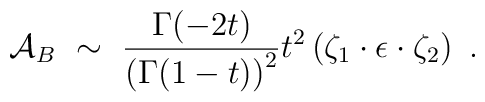
{\cal A}_B~\sim~{\Gamma(-2t) \over \left(\Gamma (1-t)\right)^2} t^2 \left ( \zeta_1\cdot \epsilon \cdot \zeta_2 \right)~.